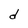
Character: d